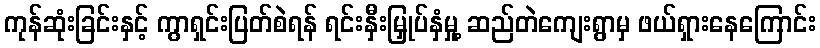
ကုန်ဆုံးခြင်းနှင့် ကွာရှင်းပြတ်စဲရန် ရင်းနှီးမြှုပ်နှံမှု့ ဆည်တဲကျေးရွာမှ ဖယ်ရှားနေကြောင်း